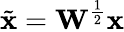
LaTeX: \tilde{\textbf{x}}=\textbf{W}^{\frac{1}{2}}\textbf{x}